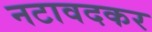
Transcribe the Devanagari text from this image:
नटावदकर